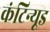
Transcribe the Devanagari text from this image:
कंटिन्यूड